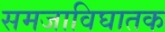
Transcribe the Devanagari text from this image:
समजाविघातक